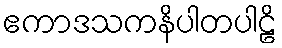
ဧကာဒသကနိပါတပါဠိ